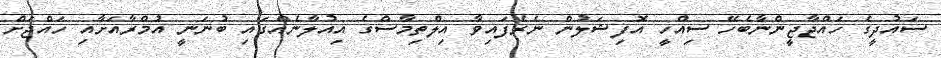
ސައުދީގެ ހައްޖާޖީންނާބެހޭ ސިއްހީ އޮފިޝަލުން ނެރެފައިވާ އިލްތިމާސްގެ އިއުލާނެއްގައި ބުނަނީ އުމްރާއަށާއި ހައްޖަށް